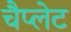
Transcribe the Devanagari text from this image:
चैप्लेट